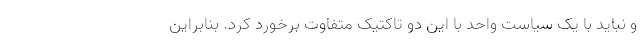
و نباید با یک سیاست واحد با این دو تاکتیک متفاوت برخورد کرد. بنابراین